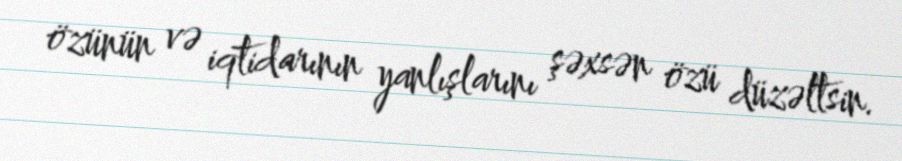
özünün və iqtidarının yanlışlarını şəxsən özü düzəltsin.